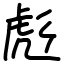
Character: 彪